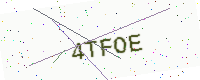
Text: 4TFOE